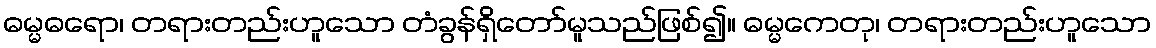
ဓမ္မဓရော၊ တရားတည်းဟူသော တံခွန်ရှိတော်မူသည်ဖြစ်၍။ ဓမ္မကေတု၊ တရားတည်းဟူသော